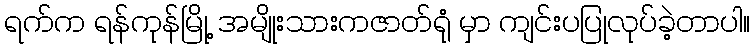
ရက်က ရန်ကုန်မြို့ အမျိုးသားကဇာတ်ရုံ မှာ ကျင်းပပြုလုပ်ခဲ့တာပါ။